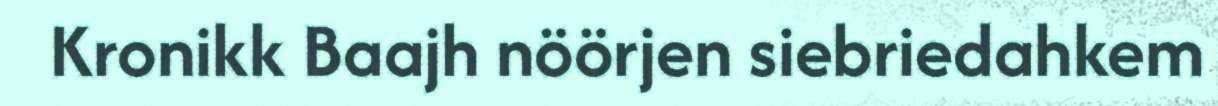
Kronikk Baajh nöörjen siebriedahkem